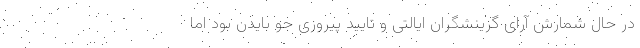
در حال شمارش آرای گزینشگران ایالتی و تایید پیروزی جو بایدن بود اما